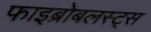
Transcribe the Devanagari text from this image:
फाइब्रोबलस्ट्स